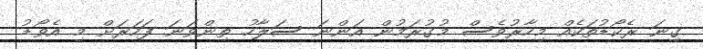
ގިނަ ރެކޯޑުތަކެއް މިހާރުވެސް މުގުރަމުން އަންނަ ސަލާހު ތިންވަނަ ފަހަރަށް މި އެވޯޑު